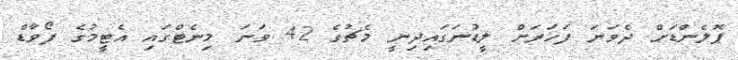
ޕޮލެންޑަށް ދެވަނަ ފަހަރަށް ލީޑުނަގައިދިނީ މެޗުގެ 42 ވަނަ މިނެޓްގައި އެޓީމުގެ ފޯވާޑް